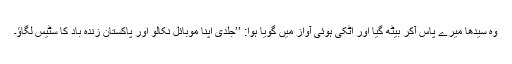
وہ سیدھا میرے پاس آکر بیٹھ گیا اور اٹکی ہوئی آواز میں گویا ہوا: ’’جلدی اپنا موبائل نکالو اور پاکستان زندہ باد کا سٹیس لگاؤ۔